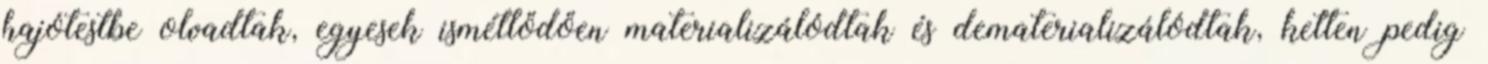
hajótestbe olvadtak, egyesek ismétlődően materializálódtak és dematerializálódtak, ketten pedig